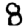
Digit: 8